NAE_ERA_R-2632_ENSV_TA_Emakeele_Selts_1945-1955, lk 59
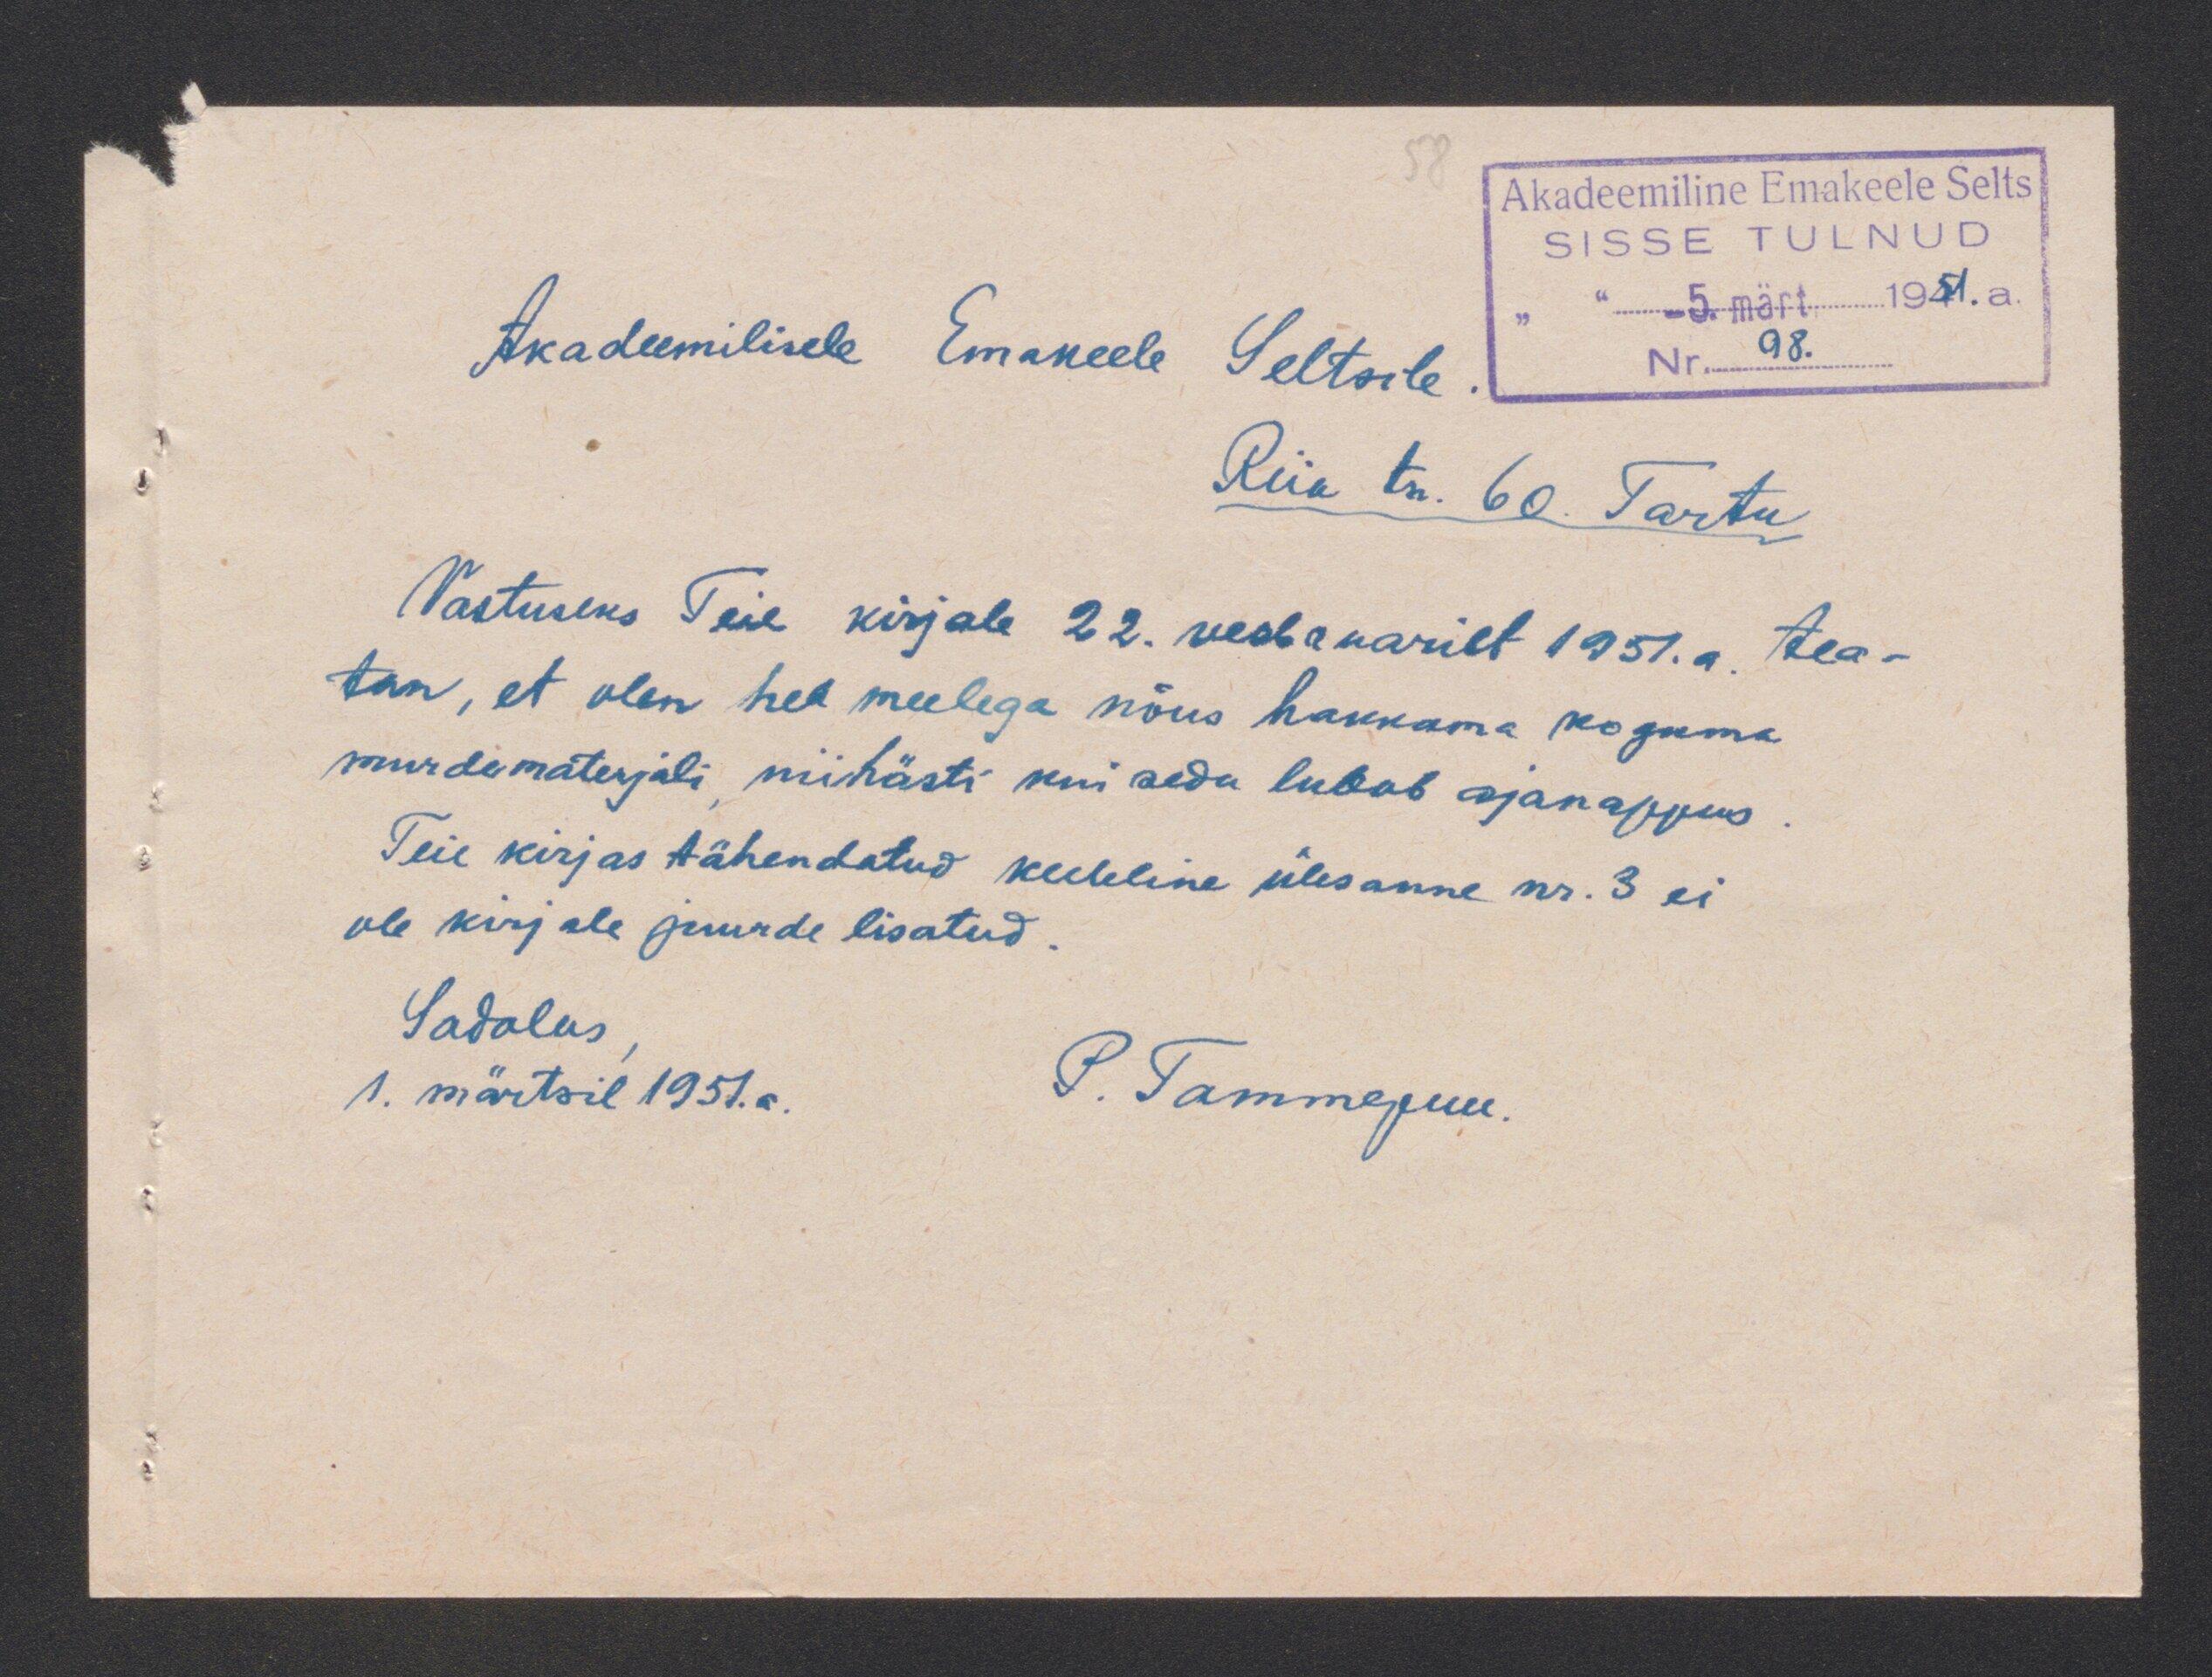
Akadeemitine Emakeele Selts
SISSE TULNUD
-5. märt 1951.a.
Nr. 98.
Akadeemilisele Emakeele Seltsile.
Riia tn. 60. Tartu
Vastuseks Teie kirjale 22. veebruarilt 1951.a. tea-
tan, et olen hea meelega nõus hakkama koguma
murdematerjali, niihästi kui seda lubab ajanappus.
Teie kirjas tähendatud keeleline ülesanne nr. 3 ei
ole kirjale juurde lisatud.
Sadalas
1. märtsil 1951.a.
P. Tammepuu.